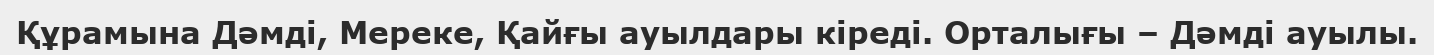
Құрамына Дәмді, Мереке, Қайғы ауылдары кіреді. Орталығы – Дәмді ауылы.